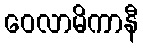
ဝေလာမိကာနီ